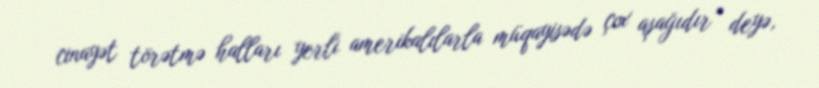
cinayət törətmə halları yerli amerikalılarla müqayisədə çox aşağıdır” deyə,